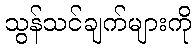
သွန်သင်ချက်များကို